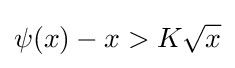
\psi (x)-x>K{\sqrt {x}}